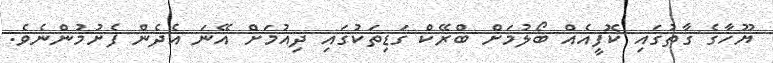
ޔޫހާގެ ގާތުގައި ކޮފީއެއް ބޯލުމަށް ބްރޭކް ގަޑިތަކުގައި ދިއުމަށް އޭނަ އެދެން ފެށުމުންނެވެ.